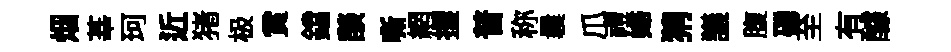
烟莘珂近猪极賞鐺𦦨嘶網攫普称曩爪禮婦猜議腹磷至有醵